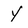
Character: Y